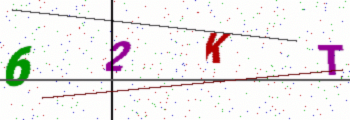
Text: 62KT